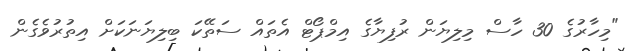
"މިހާރުގެ 30 ހާސް މިލިޔަން ރުފިޔާގެ އިމްޕޯޓް އެތައް ސަތޭކަ ބިލިޔަނަކަށް އިތުރުވެގެން